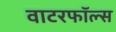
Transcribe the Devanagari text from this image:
वाटरफॉल्स